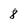
Character: 8